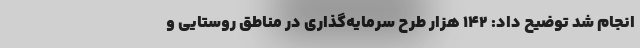
انجام شد توضیح داد: ۱۴۲ هزار طرح سرمایه‌گذاری در مناطق روستایی و